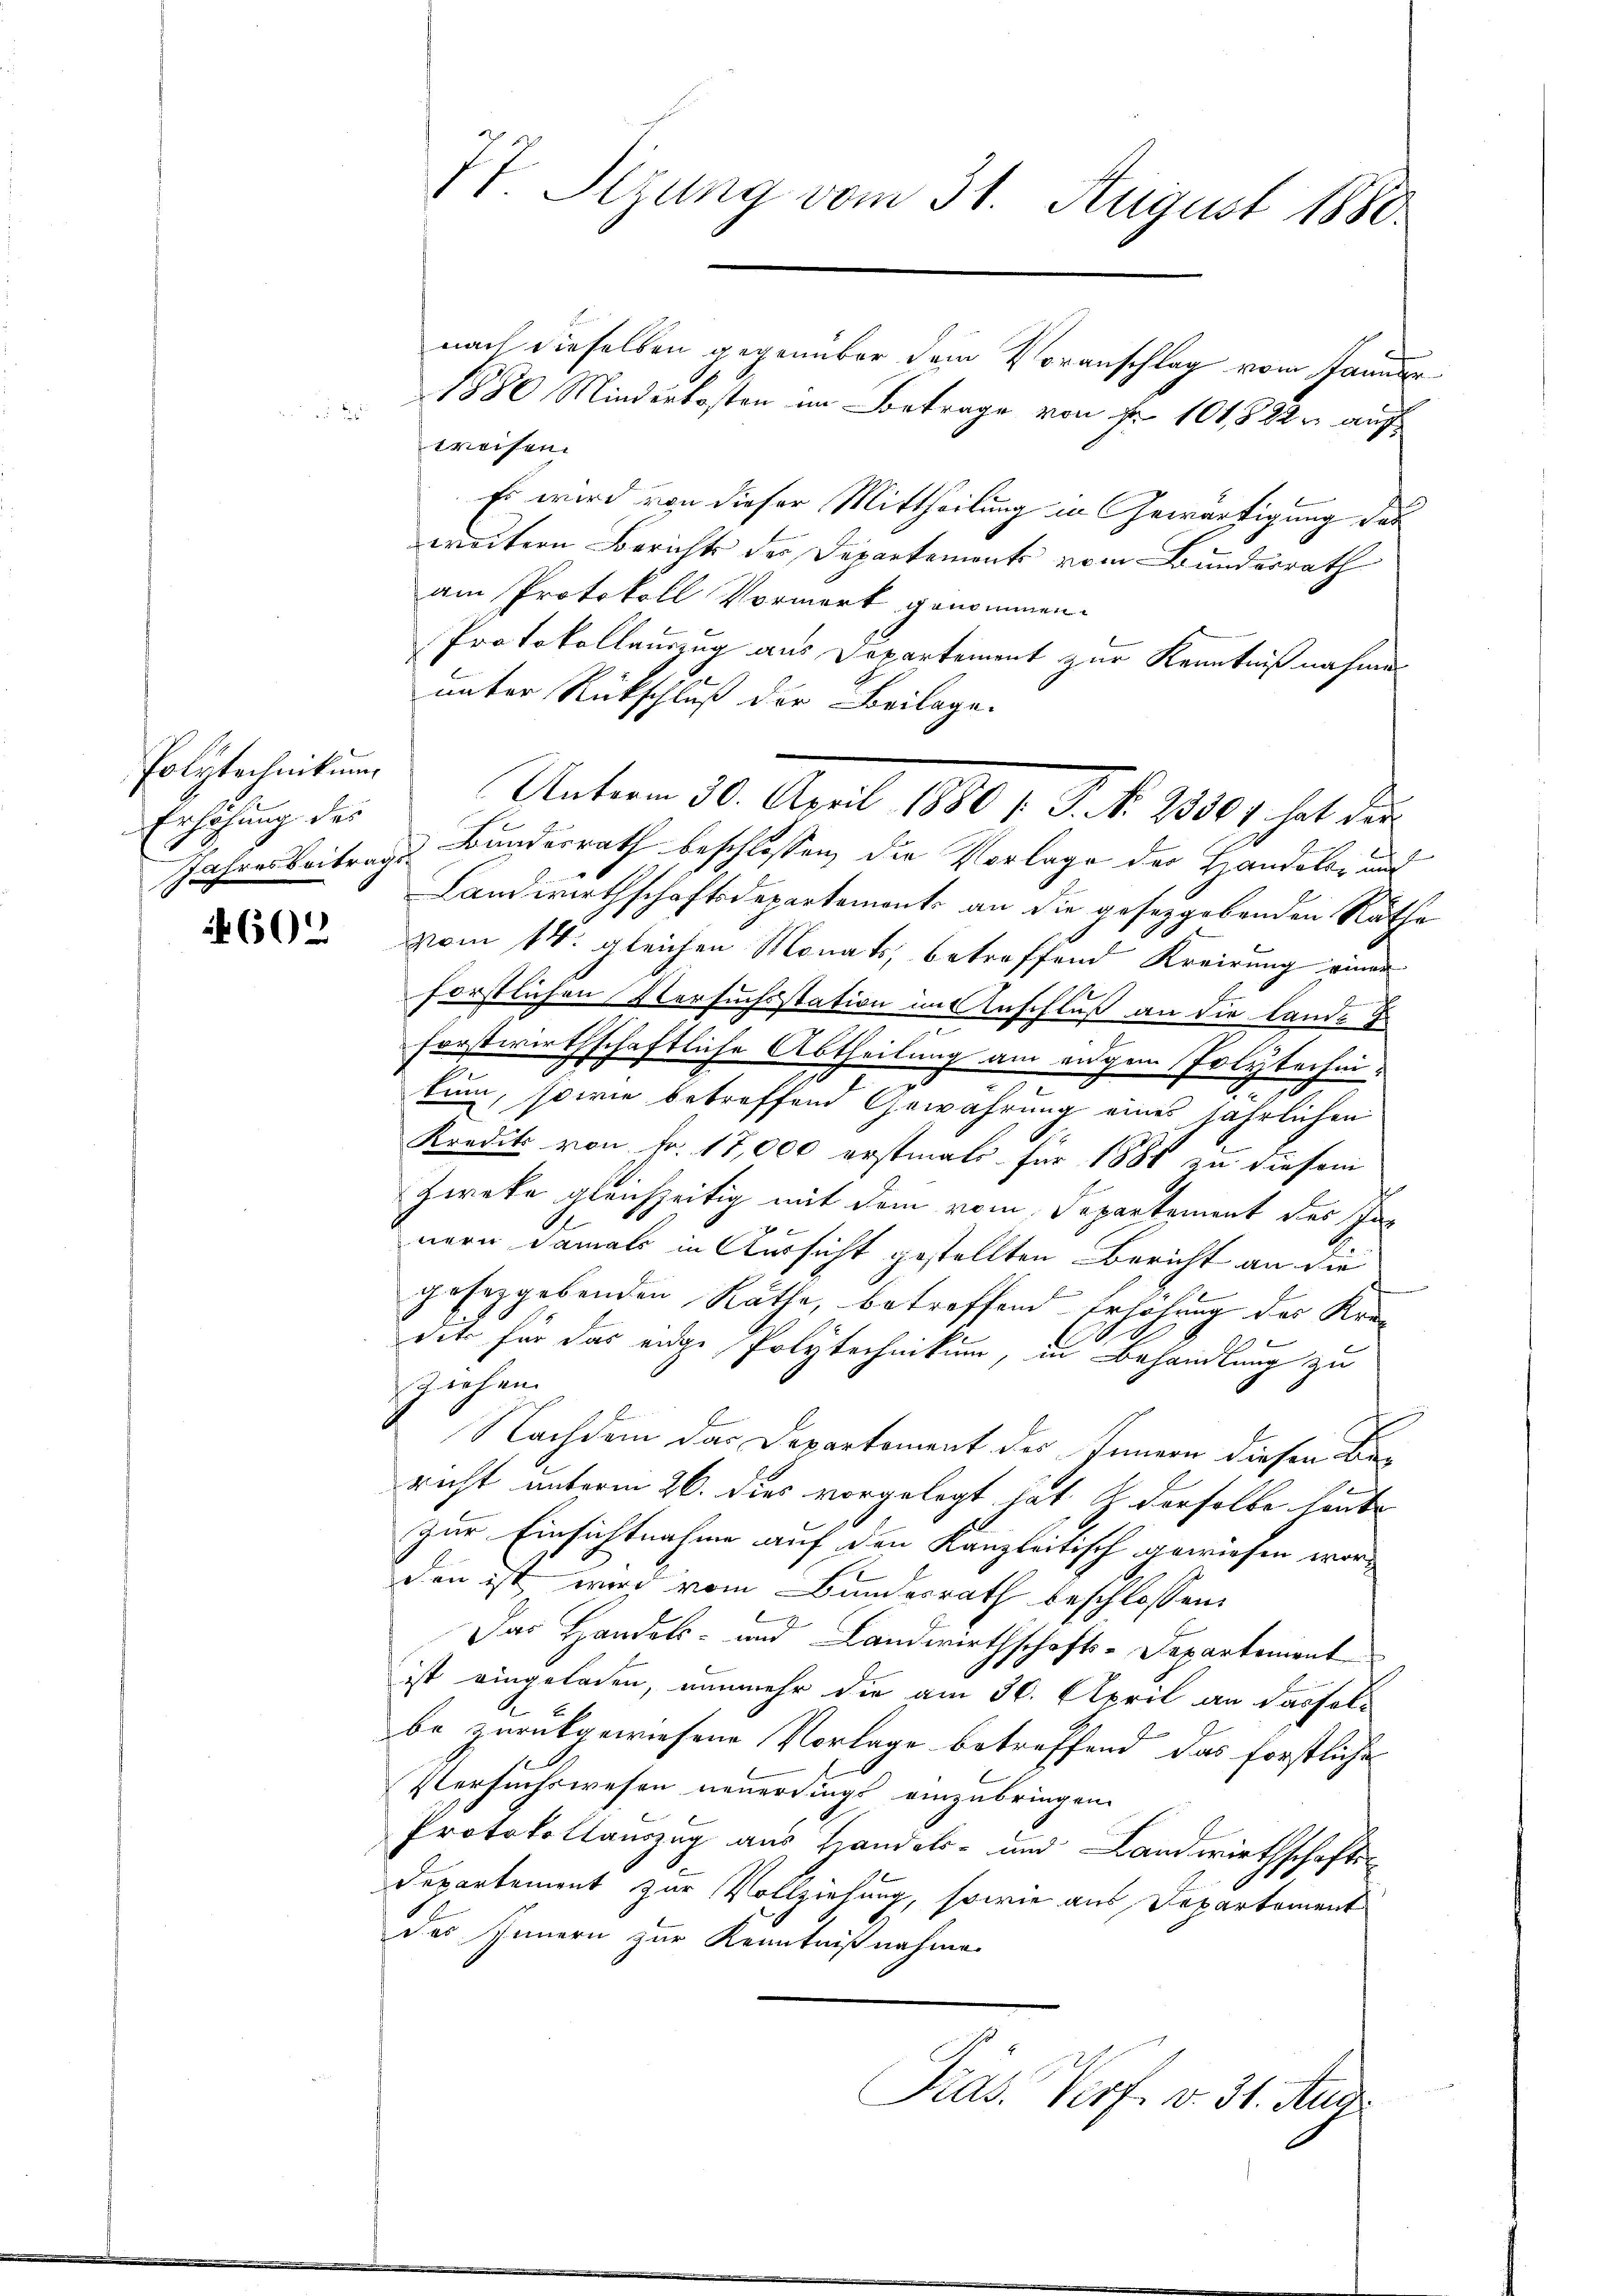
Polytechnikum
Erhöhung des
Jahresbeitrags-

460.

nach dieselben gegenüber dem Voranschlag vom Januar
1880 Minderkosten im Betrage von Fr. 101822 auf
wreisen.
Es wird von dieser Mittheilung in Gewärtigung das
weitern Berichts der Departements vom Bundesrath
am Protokoll Vormerk genommen.
Protokollauszug aus Departement zur Kenntnißnahme
unter Rückschluß der Beilage.
Bundesrath beschlossen, die Vorlage der Handoler und
Landwirthschaftsdepartement an die geseggebenden Rathe
vom 14. gleichen Monats, betreffend Kreirung einer
forstlichen Versuchsstation im Anschluß an die Land-
forstwirthschaftliche Abtheilung am eigen Polytechnie
kum, sowie betreffend Gewährung eines jährlichen
Kredit von Fr. 17,000 erstmals für 1881 zu diesem
Ziroka gleichzeitig mit dem vom Departement des Innern damals in Aussicht gestellten Bericht an die
eren
gesetzgebenden Rathe, betreffend Erhöhung des Kredite für das eige Polytechnikum, in Behandlung zu
ziehen.
Nachdem das Departement des Innern diesen Bericht unterm 26. dies vorgelegt hat, & derselbe heute
Zur Einsichtnahme auf den Kanzleitisch gewiesen worden ist wird vom Bundesrath beschlossen,
Das Handels- und Landwirthschafts-Departement
ist eingeladen, nunmehr die am 30. April an das folbe zurückgewiesene Vorlage betreffend das forstliche
Versuchswesen neuerdings einzubringen.
Protokollauszug aus Handels- und Landwirthschafts-
Departement zur Vollziehung, sowie aus Departement
des Innern zur Kenntnißnahme
Pras. Prof. v. 31. Aug.

Vt. Sizung vom 31. August 1880.

Unterm 30. April 1880 / P. N. 23301 hat der